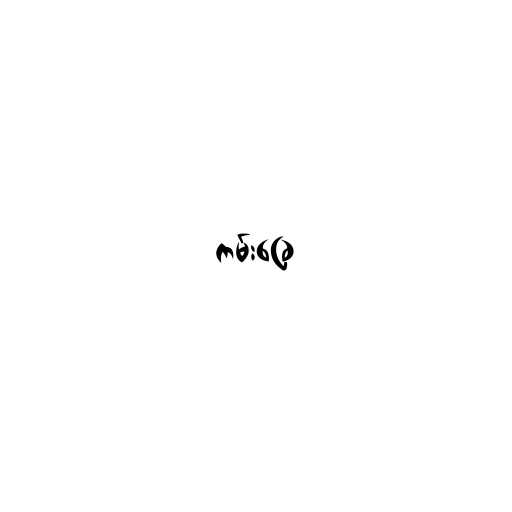
ကမ်းခြေ